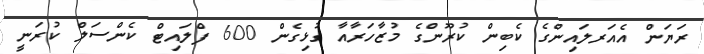
ރަޔަން އެއަރލައިންގެ ކެބިން ކުރޫންގެ މުޒާހަރާއާ ގުޅިގެން 600 ފްލައިޓް ކެންސަލް ކުރަނީ